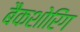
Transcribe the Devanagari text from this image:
बैकशोरिंग